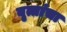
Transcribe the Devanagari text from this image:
वृत्तांचा